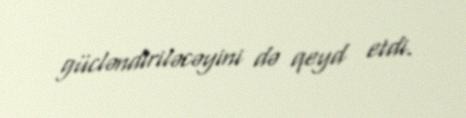
gücləndiriləcəyini də qeyd etdi.